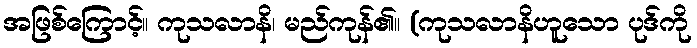
အဖြစ်ကြောင့်။ ကုသလာနိ၊ မည်ကုန်၏။ (ကုသလာနိဟူသော ပုဒ်ကို